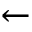
\gets